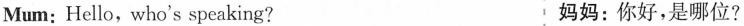
Mum: Hello, who's speaking? 妈妈：你好,是哪位？